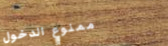
ممنوع الدخول